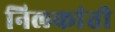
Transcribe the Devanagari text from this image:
निलकांती